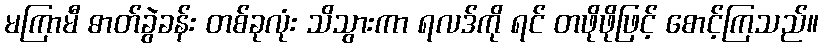
မကြာမီ ဓာတ်ခွဲခန်း တစ်ခုလုံး သိသွားကာ ရလဒ်ကို ရင် တဖိုဖိုဖြင့် စောင့်ကြသည်။